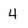
Character: 4